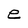
Character: e